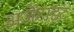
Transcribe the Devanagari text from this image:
अर्जेटाइट